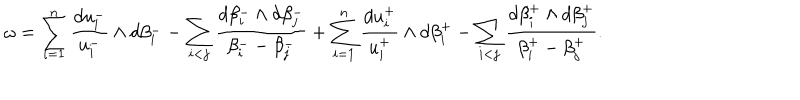
\omega = \sum _ { i = 1 } ^ { n } \frac { d u _ { i } ^ { - } } { u _ { i } ^ { - } } \wedge d \beta _ { i } ^ { - } - \sum _ { i < j } \frac { d \beta _ { i } ^ { - } \wedge d \beta _ { j } ^ { - } } { \beta _ { i } ^ { -- } \beta _ { j } ^ { - } } + \sum _ { i = 1 } ^ { n } \frac { d u _ { i } ^ { + } } { u _ { i } ^ { + } } \wedge d \beta _ { i } ^ { + } - \sum _ { i < j } \frac { d \beta _ { i } ^ { + } \wedge d \beta _ { j } ^ { + } } { \beta _ { i } ^ { + } - \beta _ { j } ^ { + } } .